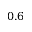
0 . 6